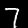
Label: 7